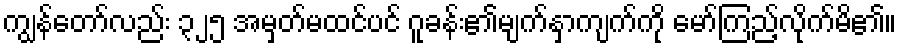
ကျွန်တော်လည်း ၃၂၅ အမှတ်မထင်ပင် ဂူခန်း၏မျက်နှာကျက်ကို မော်ကြည့်လိုက်မိ၏။